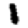
Digit: 1